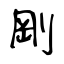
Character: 剛